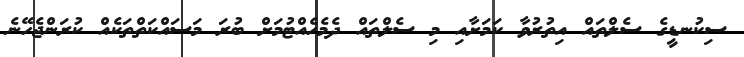
ސިކުނޑީގެ ސެލްތައް އިތުރުވާ ކަމަށާއި މި ސެލްތައް ދެމެހެއްޓުމަށް ބުރަ މަސައްކަތްތަކެއް ކުރަންޖެހޭނެ